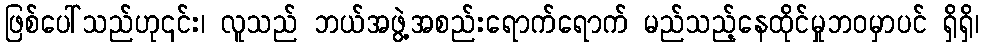
ဖြစ်ပေါ်သည်ဟု၎င်း၊ လူသည် ဘယ်အဖွဲ့အစည်းရောက်ရောက် မည်သည့်နေထိုင်မှုဘဝမှာပင် ရှိရှိ၊